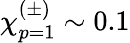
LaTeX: \chi_{p=1}^{(\pm)}\sim 0.1